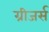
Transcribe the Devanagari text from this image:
ग्रीजर्स